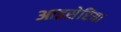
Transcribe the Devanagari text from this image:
आइसेरिया